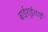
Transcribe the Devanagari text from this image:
बाईशुईताई